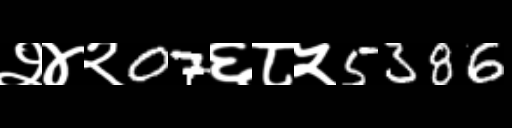
Text: २४२07६८५5386